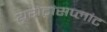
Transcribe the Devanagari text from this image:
यूरोट्रांसप्लांट